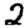
Digit: 2